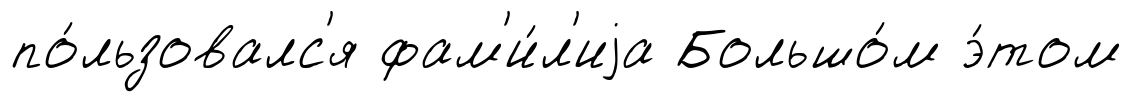
по́льзовалс'я фам'и́л'иjа Большо́м э́том